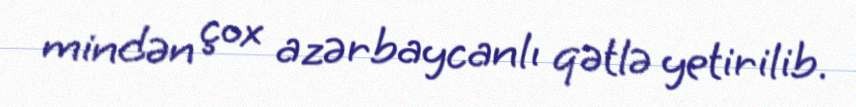
mindən çox azərbaycanlı qətlə yetirilib.